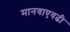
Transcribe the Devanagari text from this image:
मानवाएवढी